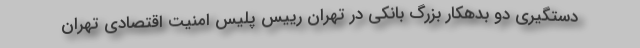
دستگیری دو بدهکار بزرگ بانکی در تهران رییس پلیس امنیت اقتصادی تهران